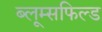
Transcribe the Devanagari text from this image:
ब्लूम्सफिल्ड